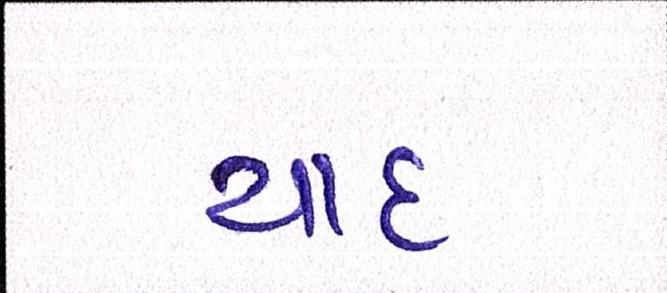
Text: યાદ